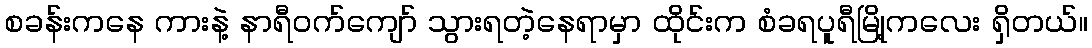
စခန်းကနေ ကားနဲ့ နာရီဝက်ကျော် သွားရတဲ့နေရာမှာ ထိုင်းက စံခရပူရီမြို့ကလေး ရှိတယ်။